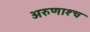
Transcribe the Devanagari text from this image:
अरुणाश्‍च